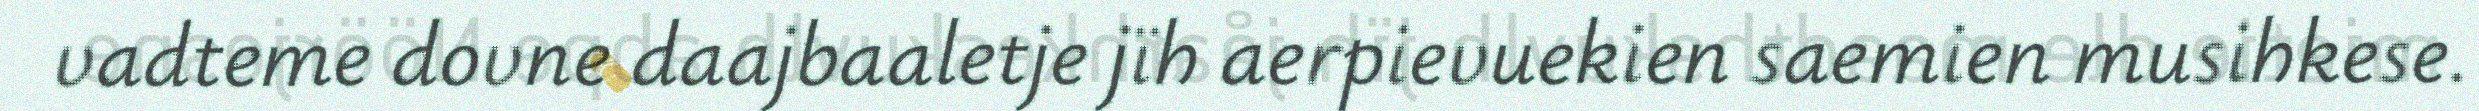
vadteme dovne daajbaaletje jïh aerpievuekien saemien musihkese.